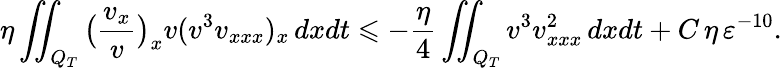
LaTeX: \eta\iint_{Q_{T}}{\bigl(\frac{v_{x}}{v}\bigr)_{x}v(v^{3}v_{xxx})_{x}\, dxdt}\leqslant-\frac{\eta}{4}\iint_{Q_{T}}{v^{3}v_{xxx}^{2}\, dxdt}+C\, \eta\, \varepsilon^{-10}.